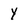
Character: Y